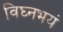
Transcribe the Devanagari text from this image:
विघ्नभयं